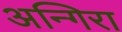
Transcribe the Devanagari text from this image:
अन्गिरा